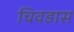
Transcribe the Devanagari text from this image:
चिवडास